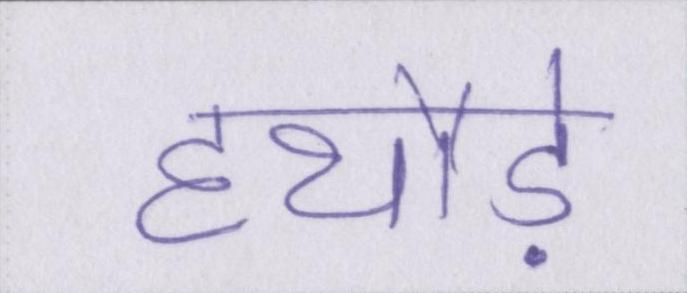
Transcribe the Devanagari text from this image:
हथौड़े